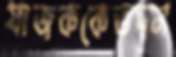
যাজককেতদন